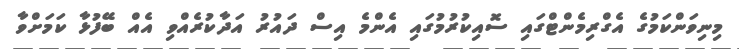
މިނިވަންކަމުގެ އެގްރިމެންޓްގައި ސޮއިކުރުމުގައި އެންމެ އިސް ދައުރު އަދާކުރެއްވި އެއް ބޭފުޅާ ކަމަށްވާ